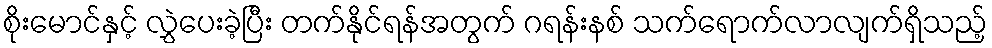
စိုးမောင်နှင့် လွှဲပေးခဲ့ပြီး တက်နိုင်ရန်အတွက် ဂရန်းနစ် သက်ရောက်လာလျက်ရှိသည့်